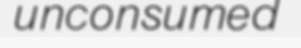
unconsumed